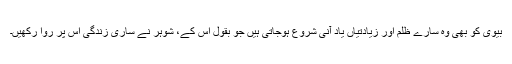
بیوی کو بھی وہ سارے ظلم اور زیادتیاں یاد آنی شروع ہوجاتی ہیں جو بقول اس کے، شوہر نے ساری زندگی اس پر روا رکھیں۔